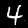
Label: 4